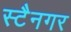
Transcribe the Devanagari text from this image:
स्टैनगर